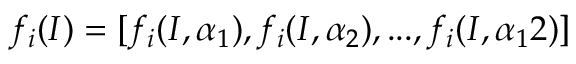
f _ { i } ( I ) = [ f _ { i } ( I , \alpha _ { 1 } ) , f _ { i } ( I , \alpha _ { 2 } ) , . . . , f _ { i } ( I , \alpha _ { 1 } 2 ) ]